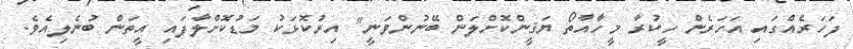
ފަހަރެއްގައި އަހަރެން ހީކުރާ މީހާއާތޯ ޔަޤީންކޮށްލަން ބޭނުންވަނީ" އިރުކޮޅަކު މަޑުކޮށްލާފައި އީތަން ބުނެލިއެވެ.